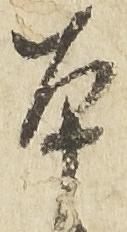
本